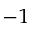
^ { - 1 }